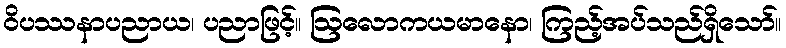
ဝိပဿနာပညာယ၊ ပညာဖြင့်။ ဩလောကယမာနော၊ ကြည့်အပ်သည်ရှိသော်။